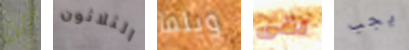
ألن الثلاثون ويلما لقى يجب